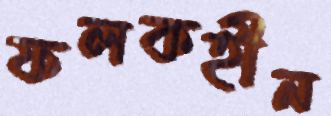
ফলকহীন